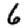
Digit: 6